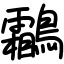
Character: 鸘